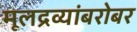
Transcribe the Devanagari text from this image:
मूलद्रव्यांबरोबर